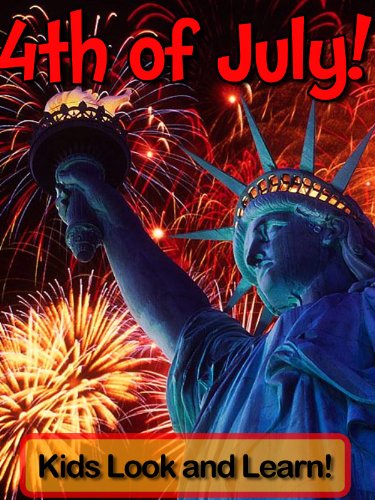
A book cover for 4th of July! Learn About 4th of July and Enjoy Colorful Pictures - Look and Learn! (50+ Photos of 4th of July); Becky Wolff; Children's Books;